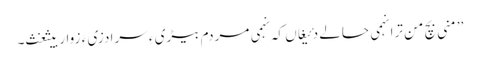
’’منی بچ من ترا نہمی حالے دئیغاں کہ نہمی مردم بیڑی ءِ سرا دزی ءَ زوار بیثغث۔